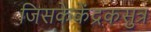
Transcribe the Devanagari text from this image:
जिसकेकेंद्रकसुत्र